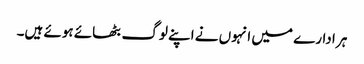
ہر ادارے میں انہوں نے اپنے لوگ بٹھائے ہوئے ہیں۔